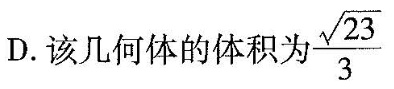
D.该几何体的体积为 \frac{ \sqrt{23}}{3}